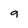
Character: g